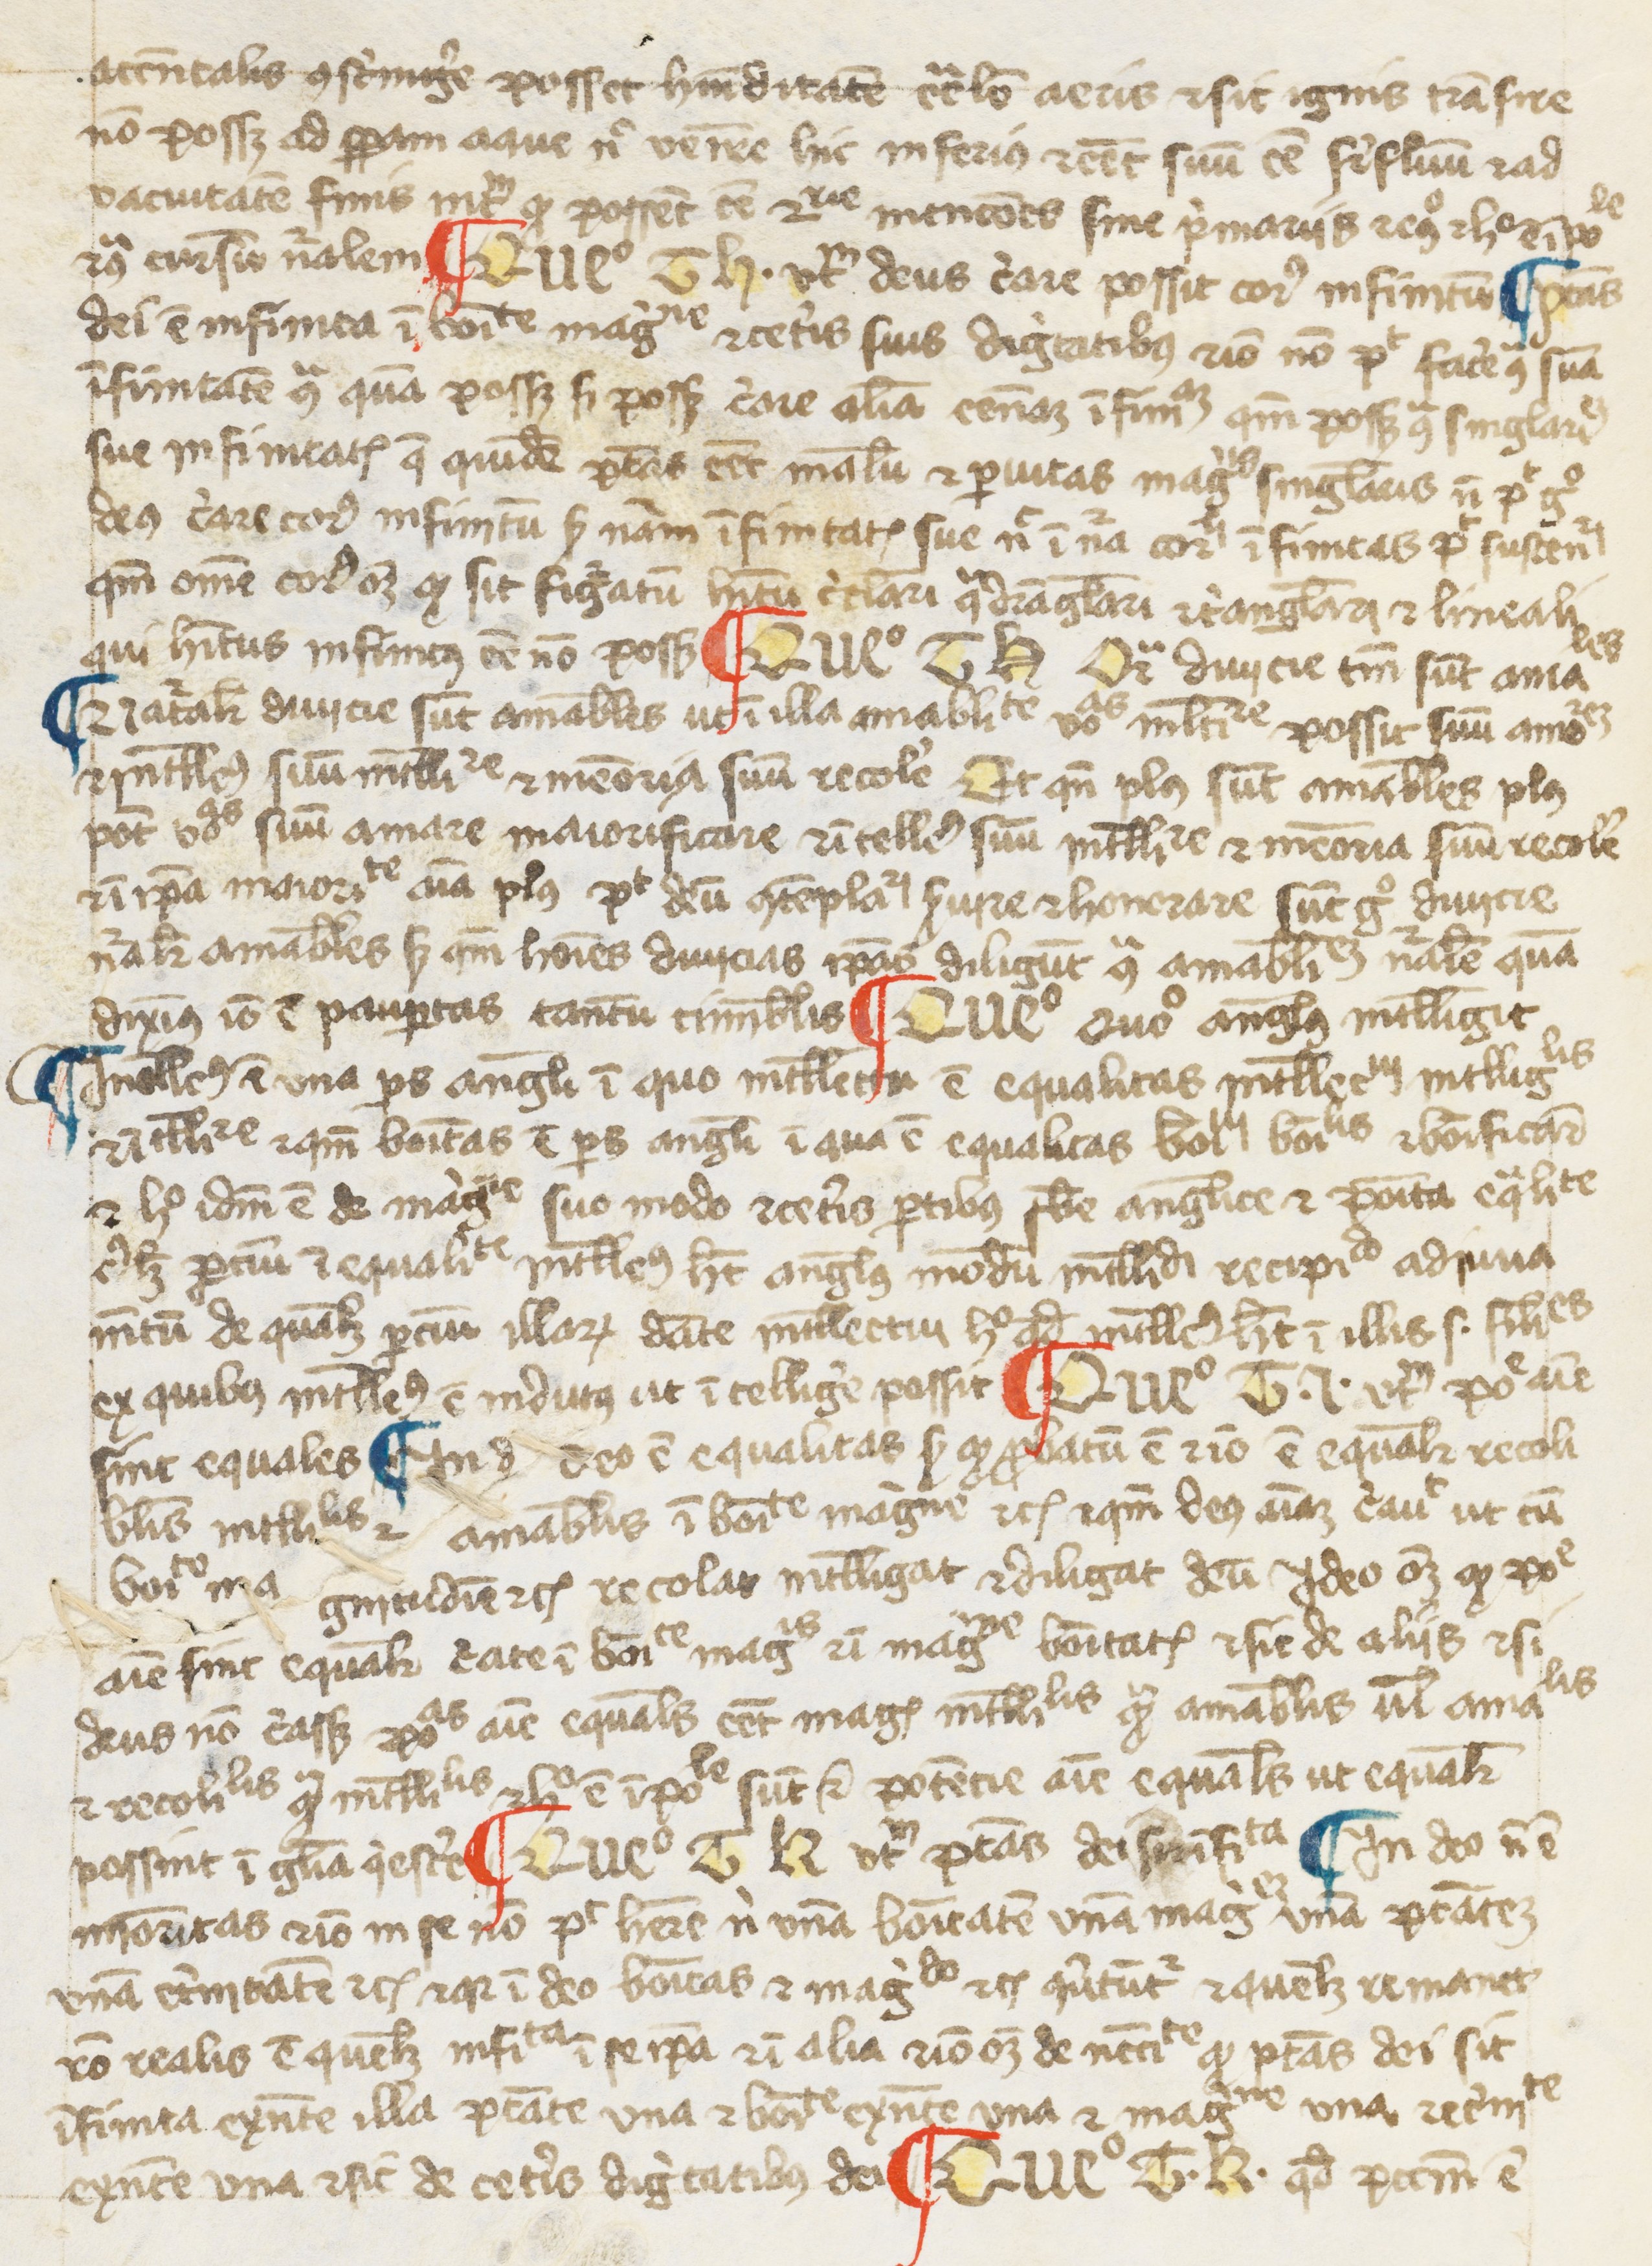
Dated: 1300–1399